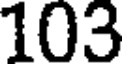
103